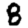
Digit: 8